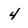
Character: 4